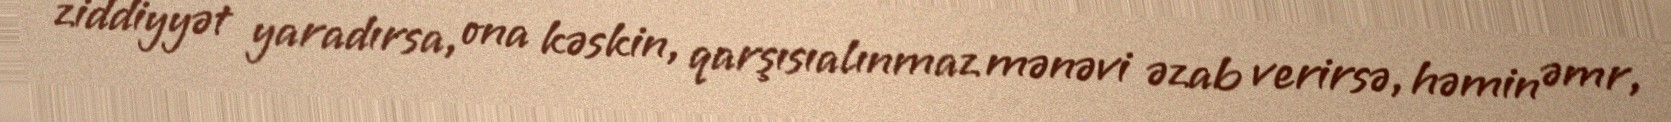
ziddiyyət yaradırsa, ona kəskin, qarşısıalınmaz mənəvi əzab verirsə, həmin əmr,